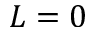
L = 0